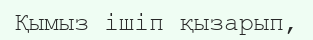
Қымыз ішіп қызарып,